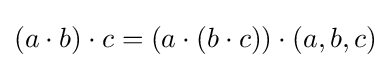
(a\cdot b)\cdot c=(a\cdot (b\cdot c))\cdot (a,b,c)